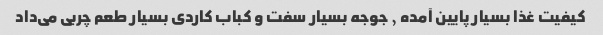
کیفیت غذا بسیار پایین آمده , جوجه بسیار سفت و کباب کاردی بسیار طعم چربی می‌داد